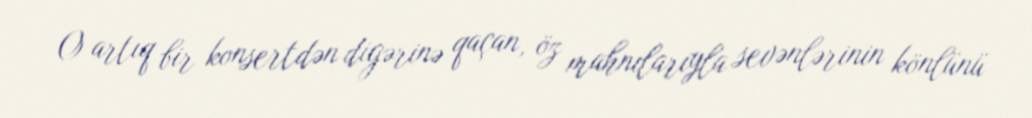
O artıq bir konsertdən digərinə qaçan, öz mahnılarıyla sevənlərinin könlünü